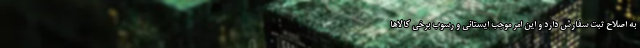
به اصلاح ثبت سفارش دارد و این امر موجب ایستائی و رسوب برخی کالاها